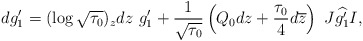
\begin{align*} dg_1'=(\log\sqrt{\tau_0})_zdz\ g'_1+\frac{1}{\sqrt{\tau_0}}\left(Q_0dz+\frac{\tau_0}{4}d\overline{z}\right)\ J\widehat{g_1'}I,\end{align*}